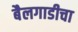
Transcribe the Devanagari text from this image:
बैलगाडीचा